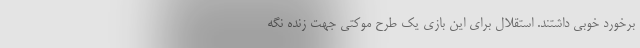
برخورد خوبی داشتند. استقلال برای این بازی یک طرح موکتی جهت زنده نگه